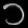
Digit: ၁